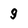
Character: 9